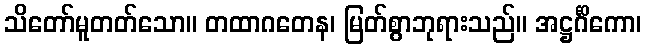
သိတော်မူတတ်သော။ တထာဂတေန၊ မြတ်စွာဘုရားသည်။ အဋ္ဌင်္ဂိကော၊